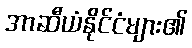
အာဆီယံနိုင်ငံများ၏